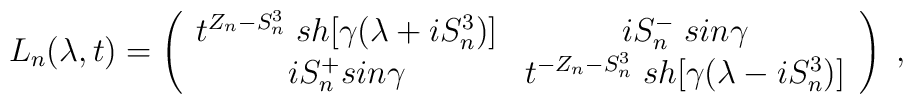
L_n(\lambda ,t) = \left(\begin{array}{cc}t^{Z_n-S^3_n}\;sh[\gamma (\lambda +iS^3_n)] & iS^-_n\; sin\gamma \\iS^+_nsin\gamma & t^{-Z_n-S_n^3}\; sh[\gamma (\lambda -iS_n^3)]\end{array}\right)\; ,